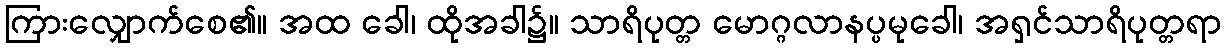
ကြားလျှောက်စေ၏။ အထ ခေါ၊ ထိုအခါ၌။ သာရိပုတ္တ မောဂ္ဂလာနပ္ပမုခေါ၊ အရှင်သာရိပုတ္တရာ